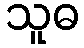
သူဓ